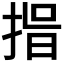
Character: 𭡑